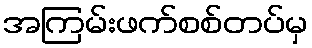
အကြမ်းဖက်စစ်တပ်မှ